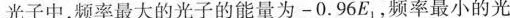
光子中，频率最大的光子的能量为 -0.96E_{1}, 频率最小的光